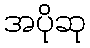
အပိုဆု